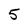
Character: 5